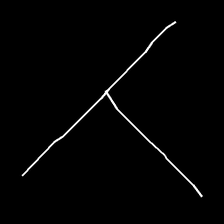
Glyph: column